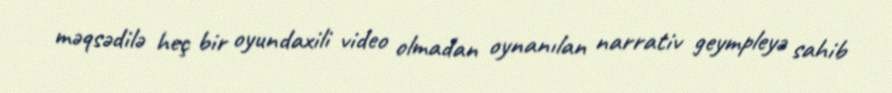
məqsədilə heç bir oyundaxili video olmadan oynanılan narrativ geympleyə sahib